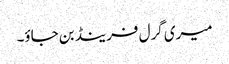
میری گرل فرینڈ بن جاؤ۔